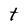
Character: t